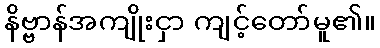
နိဗ္ဗာန်အကျိုးငှာ ကျင့်တော်မူ၏။